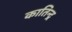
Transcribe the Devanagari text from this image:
कातिन्द्र